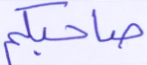
صاحبكم